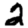
Digit: 2